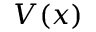
V ( x )